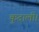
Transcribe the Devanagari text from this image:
कुदाली।